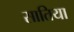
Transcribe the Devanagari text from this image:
सातिया